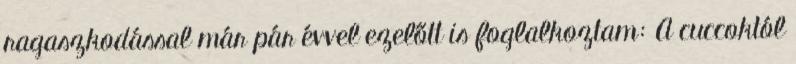
ragaszkodással már pár évvel ezelőtt is foglalkoztam: A cuccoktól